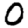
Digit: 0